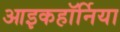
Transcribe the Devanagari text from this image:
आइकहॉर्निया